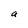
Character: a